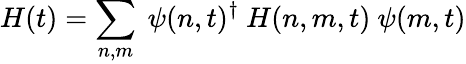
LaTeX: H(t)=\sum_{n,m}\ \psi(n,t)^{\dagger}\ H(n,m,t)\ \psi(m,t)